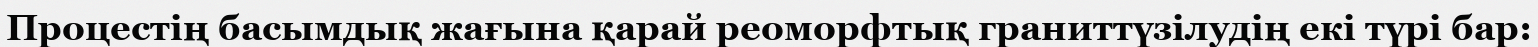
Процестің басымдық жағына қарай реоморфтық граниттүзілудің екі түрі бар: